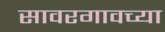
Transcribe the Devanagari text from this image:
सावरगावच्या